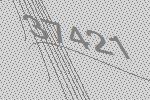
37421